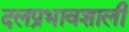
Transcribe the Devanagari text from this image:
दलप्रभावशाली